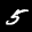
Label: 5